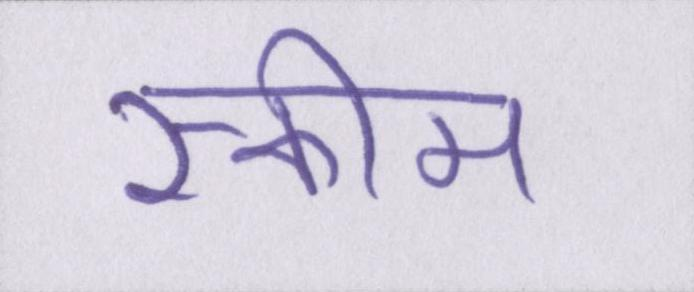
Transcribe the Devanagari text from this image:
स्कीम